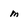
Character: m